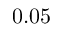
0 . 0 5